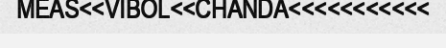
MEAS<<VIBOL<<CHANDA<<<<<<<<<<<